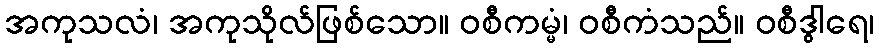
အကုသလံ၊ အကုသိုလ်ဖြစ်သော။ ဝစီကမ္မံ၊ ဝစီကံသည်။ ဝစီဒွါရေ၊